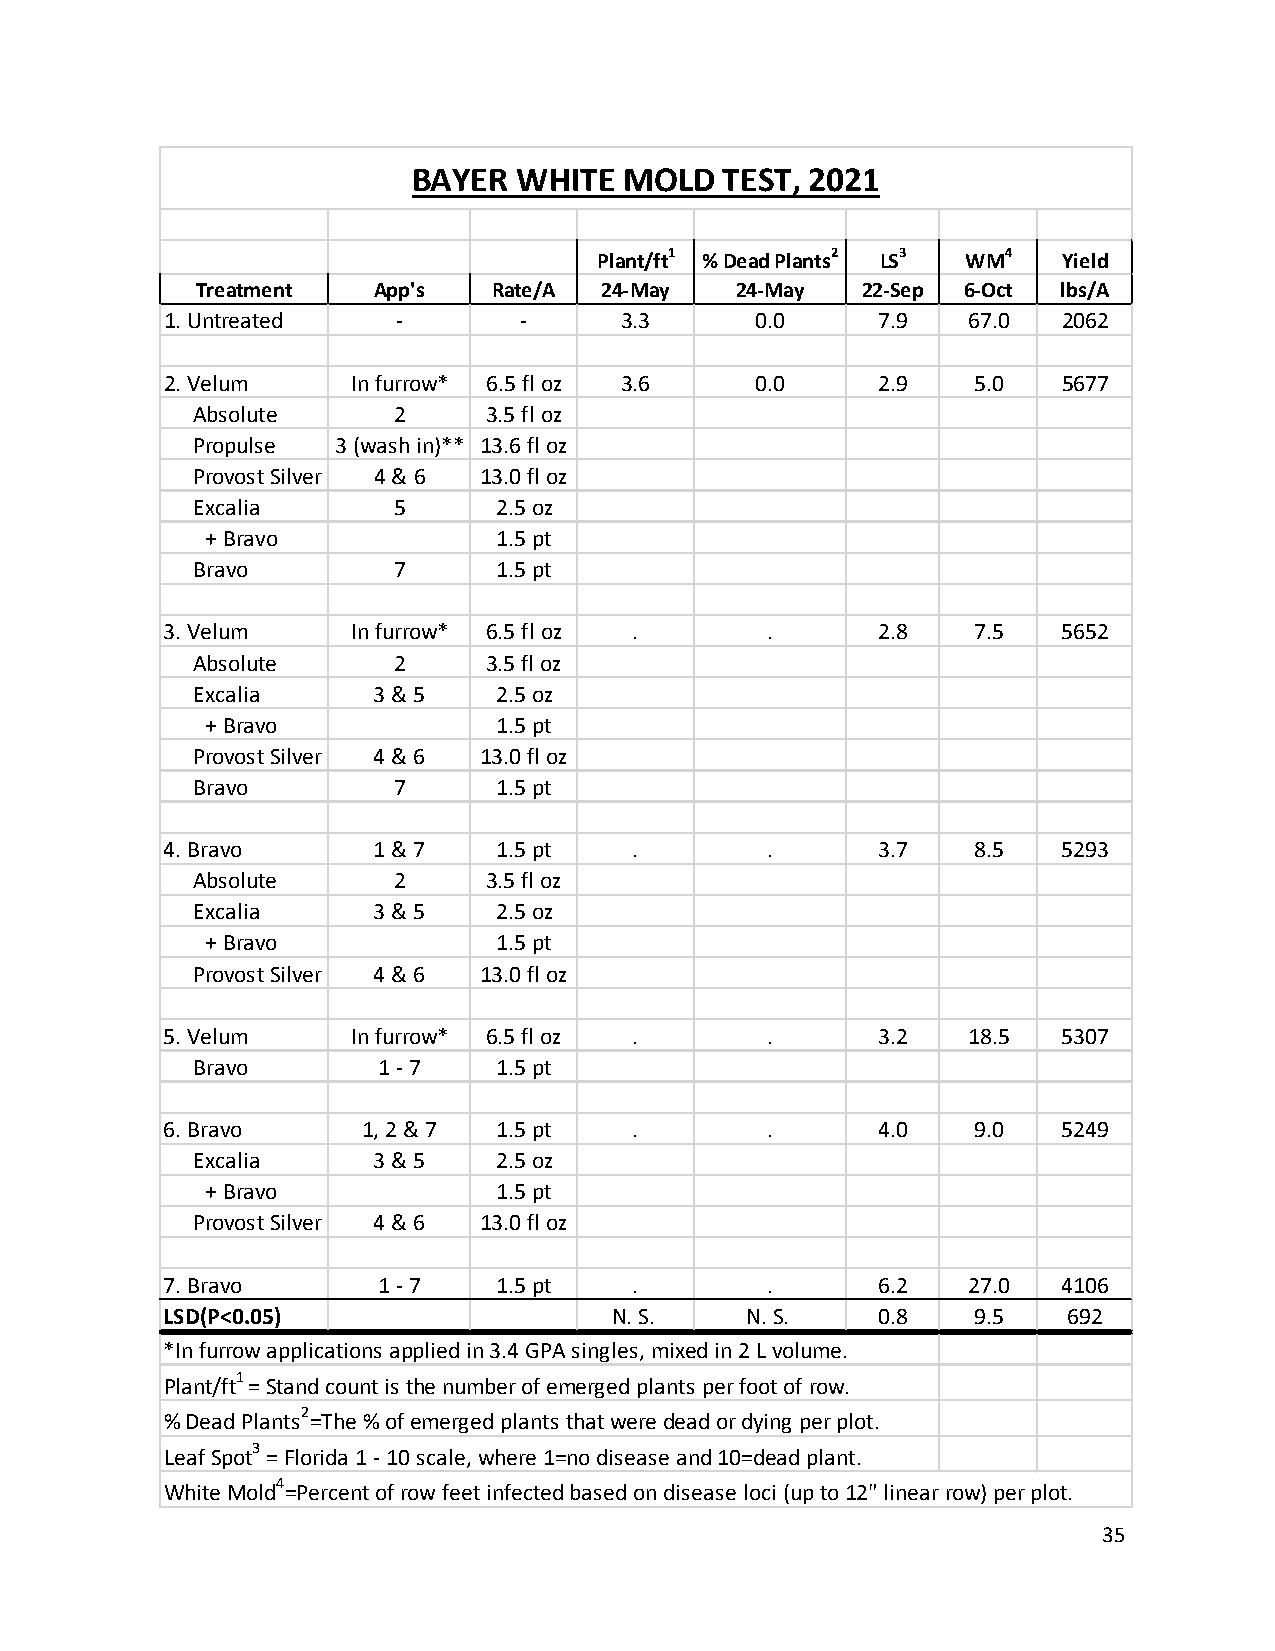
BAYER  WHITE  MOLD   TEST, 2021
 Plant/ft1 % Dead Plants2 LS3 WM4 Yield
 Treatment   App's   Rate/A 24-May   24-May  22-Sep 6-Oct lbs/A
 1. Untreated   -       -      3.3      0.0     7.9   67.0  2062
 2. Velum    In furrow* 6.5 fl oz 3.6   0.0     2.9   5.0   5677
 Absolute     2     3.5 fl oz
 Propulse 3 (wash in)** 13.6 fl oz
 Provost Silver 4 & 6 13.0 fl oz
 Excalia      5      2.5 oz
 + Bravo            1.5 pt
 Bravo        7      1.5 pt
 3. Velum    In furrow* 6.5 fl oz .      .      2.8   7.5   5652
 Absolute     2     3.5 fl oz
 Excalia     3 & 5   2.5 oz
 + Bravo            1.5 pt
 Provost Silver 4 & 6 13.0 fl oz
 Bravo        7      1.5 pt
 4. Bravo      1 & 7   1.5 pt   .        .      3.7   8.5   5293
 Absolute     2     3.5 fl oz
 Excalia     3 & 5   2.5 oz
 + Bravo            1.5 pt
 Provost Silver 4 & 6 13.0 fl oz
 5. Velum    In furrow* 6.5 fl oz .      .      3.2   18.5  5307
 Bravo       1 - 7   1.5 pt
 6. Bravo     1, 2 & 7 1.5 pt   .        .      4.0   9.0   5249
 Excalia     3 & 5   2.5 oz
 + Bravo            1.5 pt
 Provost Silver 4 & 6 13.0 fl oz
 7. Bravo      1 - 7   1.5 pt   .        .      6.2   27.0  4106
 LSD(P<0.05)                  N. S.    N. S.    0.8   9.5    692
 *In furrow applications applied in 3.4 GPA singles, mixed in 2 L volume.
 1
 Plant/ft = Stand count is the number of emerged plants per foot of row.
 2
 % Dead Plants =The % of emerged plants that were dead or dying per plot.
 3
 Leaf Spot = Florida 1 - 10 scale, where 1=no disease and 10=dead plant.
 4
 White Mold =Percent of row feet infected based on disease loci (up to 12" linear row) per plot.
 35